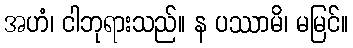
အဟံ၊ ငါဘုရားသည်။ န ပဿာမိ၊ မမြင်။